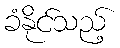
ခံနိုင်သည့်